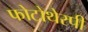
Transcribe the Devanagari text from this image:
फोटोथेरपी